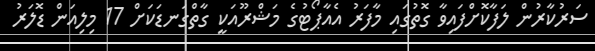
ސަރުކާރުން ލަފާކޮށްފައިވާ ގޮތުގައި މާފަރު އެއާޕޯޓުގެ މަޝްރޫއަކީ ގާތްގަނޑަކަށް 17 މިލިއަން ޑޮލަރު